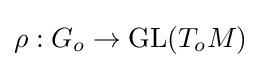
\rho :G_{o}\to \operatorname {GL} (T_{o}M)